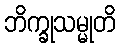
ဘိက္ခုသမ္မုတိ